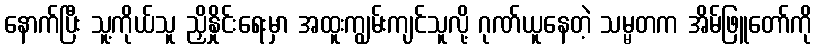
နောက်ပြီး သူ့ကိုယ်သူ ညှိနှိုင်းရေးမှာ အထူးကျွမ်းကျင်သူလို့ ဂုဏ်ယူနေတဲ့ သမ္မတက အိမ်ဖြူတော်ကို